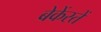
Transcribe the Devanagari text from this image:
बेकेंस्तें